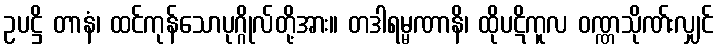
ဥပဋ္ဌိ တာနံ၊ ထင်ကုန်သောပုဂ္ဂိုလ်တို့အား။ တဒါရမ္မဏာနိ၊ ထိုပဋိကူလ ဝဏ္ဏသိုဏ်းလျှင်